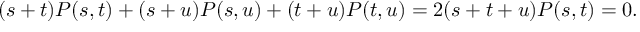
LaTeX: ( s + t ) P ( s , t ) + ( s + u ) P ( s , u ) + ( t + u ) P ( t , u ) = 2 ( s + t + u ) P ( s , t ) = 0 .